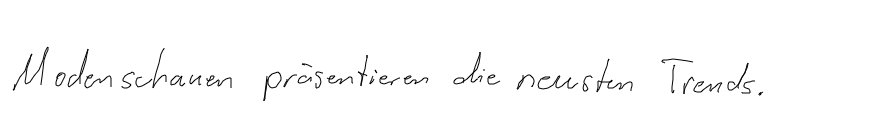
Modenschauen präsentieren die neuesten Trends.